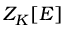
Z _ { K } [ E ]